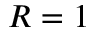
R = 1